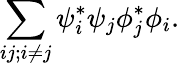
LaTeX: \sum_{ij;i\neq j}\psi_{i}^{*}\psi_{j}\phi_{j}^{*}\phi_{i}.